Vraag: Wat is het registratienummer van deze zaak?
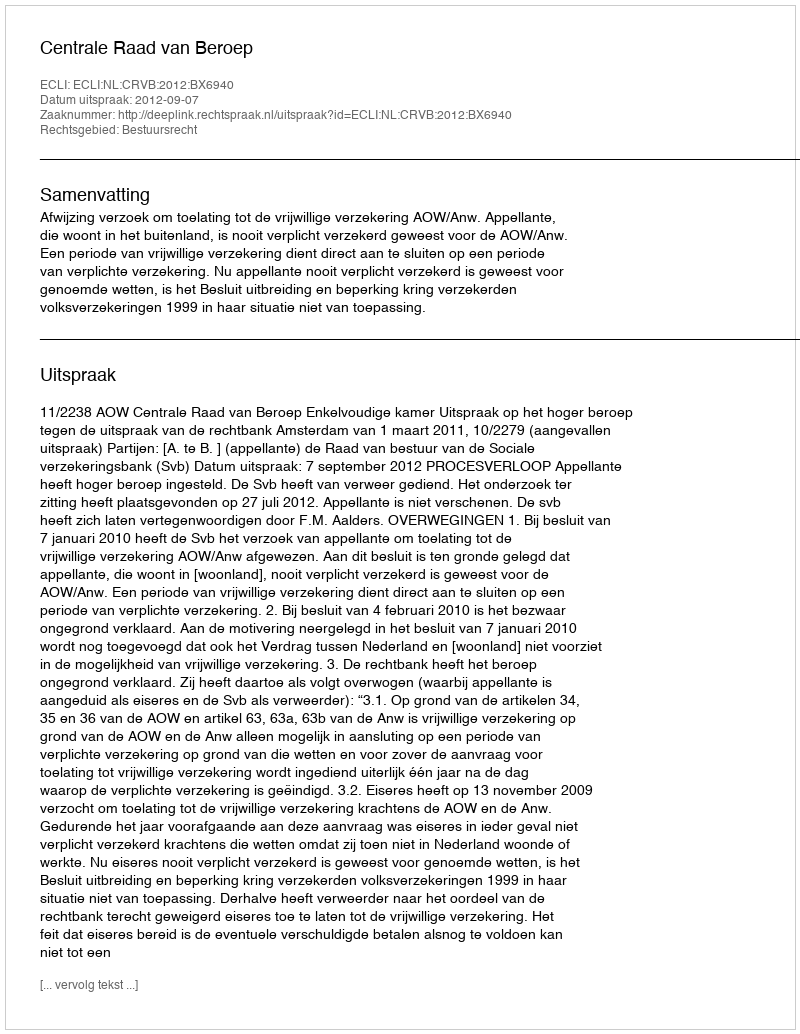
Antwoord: http://deeplink.rechtspraak.nl/uitspraak?id=ECLI:NL:CRVB:2012:BX6940